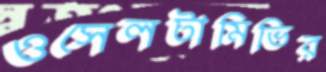
ওসেলটামিভির